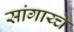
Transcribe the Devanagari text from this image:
सांगाय्चे